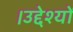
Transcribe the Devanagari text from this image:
।उद्देश्यों